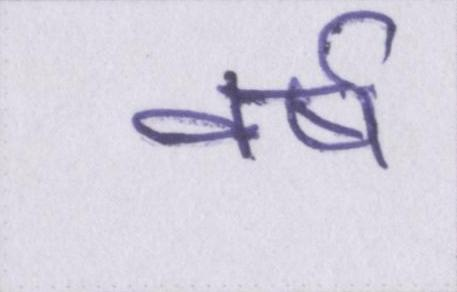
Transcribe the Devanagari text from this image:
वर्ष